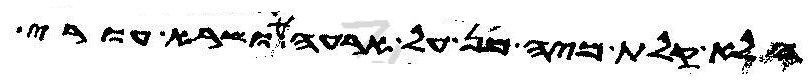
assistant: הלא קלת מיה מן על ארעה ושרא עורי